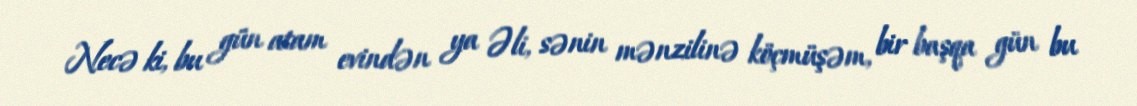
Necə ki, bu gün atam evindən ya Əli, sənin mənzilinə köçmüşəm, bir başqa gün bu